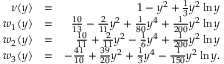
\begin{array} { r l r } { \nu ( y ) } & { = } & { 1 - y ^ { 2 } + \frac { 1 } { 3 } y ^ { 2 } \ln y } \\ { w _ { 1 } ( y ) } & { = } & { \frac { 1 0 } { 1 3 } - \frac { 2 } { 1 1 } y ^ { 2 } + \frac { 1 } { 8 0 } y ^ { 4 } + \frac { 1 } { 2 0 0 } y ^ { 2 } \ln y } \\ { w _ { 2 } ( y ) } & { = } & { \frac { 1 0 } { 1 1 } + \frac { 2 } { 1 1 } y ^ { 2 } - \frac { 1 } { 6 } y ^ { 4 } + \frac { 1 } { 2 0 0 } y ^ { 2 } \ln y } \\ { w _ { 3 } ( y ) } & { = } & { - \frac { 4 1 } { 1 0 } + \frac { 3 9 } { 2 0 } y ^ { 2 } + \frac { 1 } { 3 } y ^ { 4 } - \frac { 1 } { 1 5 0 } y ^ { 2 } \ln y . } \end{array}